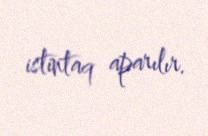
istintaq aparılır.